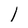
Character: I